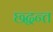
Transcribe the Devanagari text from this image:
छ्द्धन्त